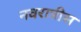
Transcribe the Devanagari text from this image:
नवरात्रीस